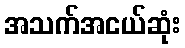
အသက်အငယ်ဆုံး